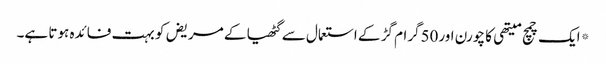
*ایک چمچ میتھی کا چورن اور50گرام گڑ کے استعمال سے گٹھیا کے مریض کو بہت فائدہ ہوتا ہے۔